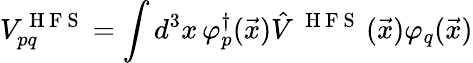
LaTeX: {V}_{pq}^{\mathrm{~H~F~S~}}=\int d^{3}x\, {\varphi}_{p}^{\dagger}(\vec{x})\hat{V}^{\mathrm{~\mathrm{~H~F~S~}~}}(\vec{x}){\varphi}_{q}(\vec{x})